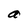
Character: a